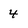
Character: 4